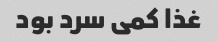
غذا کمی سرد بود